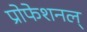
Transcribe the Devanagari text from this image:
प्रोफेशनल्